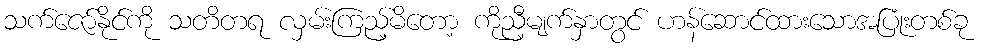
သက်ဇော်နိုင်ကို သတိတရ လှမ်းကြည့်မိတော့ ကိုညီ့မျက်နှာတွင် ဟန်ဆောင်ထားသောအပြုံးတစ်ခု